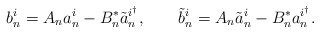
\begin{align*}b^i_n = A_n a^i_n - B^*_n \tilde{a}^{i^\dagger}_n, \qquad\tilde{b}^i_n = A_n \tilde{a}^i_n - B^*_n a^{i^\dagger}_n.\end{align*}